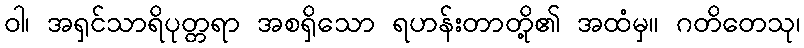
ဝါ၊ အရှင်သာရိပုတ္တရာ အစရှိသော ရဟန်းတာတို့၏ အထံမှ။ ဂတိတေသု၊